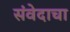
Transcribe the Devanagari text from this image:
संवेदाचा